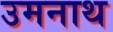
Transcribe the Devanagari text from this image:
उमनाथ